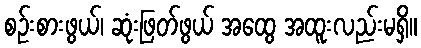
စဉ်းစားဖွယ်၊ ဆုံးဖြတ်ဖွယ် အထွေ အထူးလည်းမရှိ။